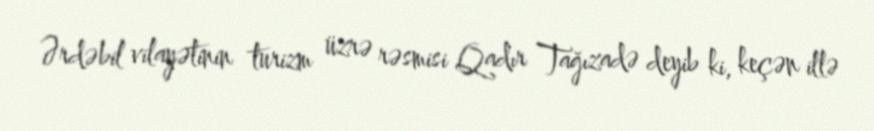
Ərdəbil vilayətinin turizm üzrə rəsmisi Qadır Tağızadə deyib ki, keçən illə